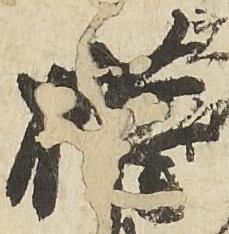
権